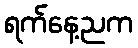
ရက်နေ့ညက